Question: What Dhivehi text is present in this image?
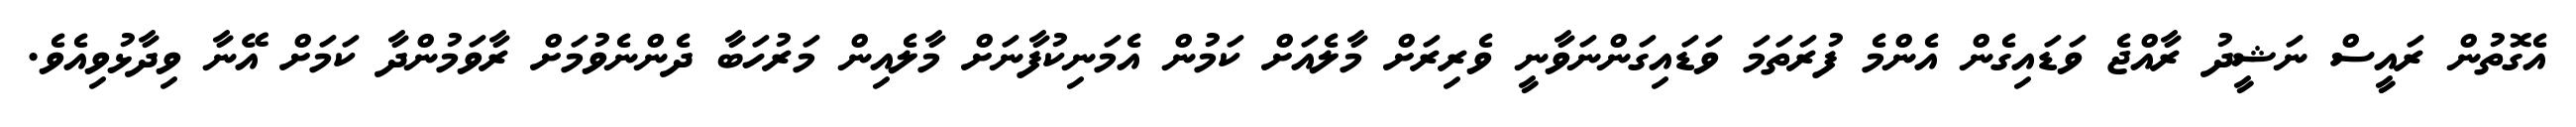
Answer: އެގޮތުން ރައީސް ނަޝީދު ރާއްޖެ ވަޑައިގެން އެންމެ ފުރަތަމަ ވަޑައިގަންނަވާނީ ވެރިރަށް މާލެއަށް ކަމުން އެމަނިކުފާނަށް މާލެއިން މަރުހަބާ ދެންނެވުމަށް ރާވަމުންދާ ކަމަށް އޭނާ ވިދާޅުވިއެވެ.